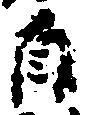
自